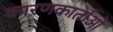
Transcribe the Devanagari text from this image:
कारणकार्ताओं